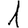
Digit: 1